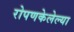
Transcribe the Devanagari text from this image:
रोपणकेलेल्या